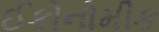
ઈકોનોમીક